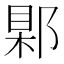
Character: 𨜑